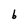
Character: b